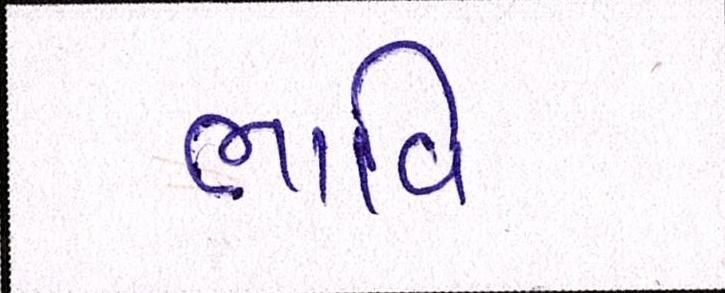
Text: ભાવિ